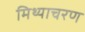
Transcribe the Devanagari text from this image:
मिथ्याचरण